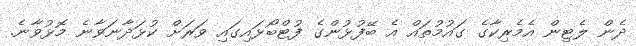
ދެން ލެޓިން އެމެރިކާގެ ގައުމުތައް އެ ބޭފުޅުންގެ ފުޓްބޯޅައިގައި ވަރަށް ކުޅަދާނަވާނެ މޮޅުވާނެ.